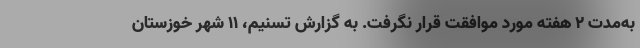
به‌مدت ۲ هفته مورد موافقت قرار نگرفت. به گزارش تسنیم، 11 شهر خوزستان